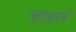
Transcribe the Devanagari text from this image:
न्हाहले